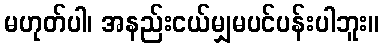
မဟုတ်ပါ၊ အနည်းငယ်မျှမပင်ပန်းပါဘူး။